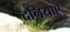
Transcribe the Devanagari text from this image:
दनियाए